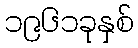
၁၉၆၁ခုနှစ်